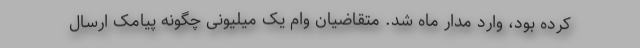
کرده بود، وارد مدار ماه شد. متقاضیان وام یک میلیونی چگونه پیامک ارسال